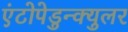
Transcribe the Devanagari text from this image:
एंटोपेडुन्क्युलर